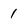
Character: 1